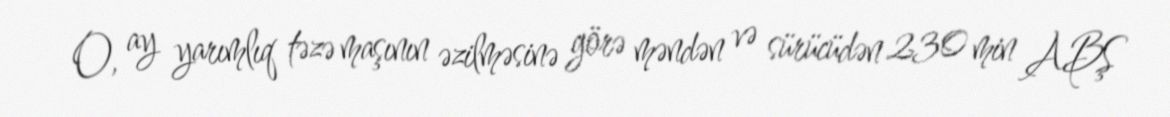
O, ay yarımlıq təzə maşının əzilməsinə görə məndən və sürücüdən 230 min ABŞ